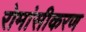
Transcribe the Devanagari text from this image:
रोमांसीकरण